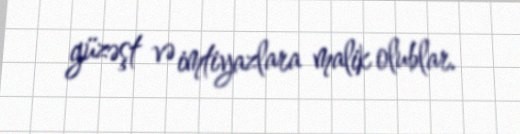
güzəşt və imtiyazlara malik olublar.